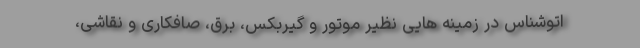
اتوشناس در زمینه هایی نظیر موتور و گیربکس، برق، صافکاری و نقاشی،